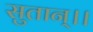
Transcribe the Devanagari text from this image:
सुतान्।।